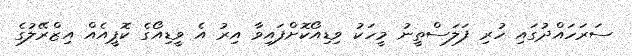
ސަރަހައްދުގައި ހުރި ފަލަސްތީނު މީހަކު ވިޑިއޯކޮށްފައިވާ އިރު އެ ވީޑިއޯގެ ކޮޕީއެއް އިޒްރޭލުގެ